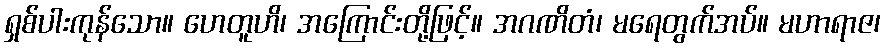
ရှစ်ပါးကုန်သော။ ဟေတူဟိ၊ အကြောင်းတို့ဖြင့်။ အဂဏိတံ၊ မရေတွက်အပ်။ မဟာရာဇ၊